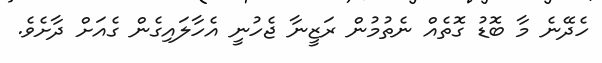
ހެދޭނެ މާ ބޮޑު ގޮތެއް ނެތުމުން ރަޒީނާ ޖެހުނީ އެހާލައިގެން ގެއަށް ދާށެވެ.